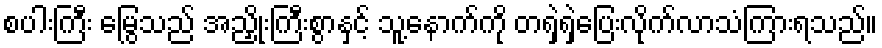
စပါးကြီး မြွေသည် အညှိုးကြီးစွာနှင့် သူ့နောက်ကို တရှဲရှဲပြေးလိုက်လာသံကြားရသည်။